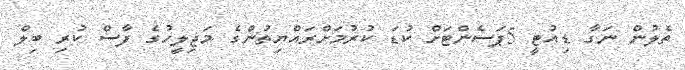
ތެލުން ނަގާ ޑިއުޓީ 5ޕަސެންޓަށް ކުޑަ ކުރުމަށްރައްޔިތުންގެ މަޖިލީހުގެ ފާސް ކުރި ބިލް